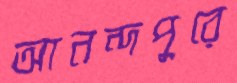
আনন্দপুরে